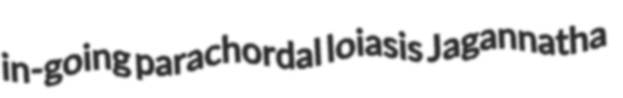
in-going parachordal loiasis Jagannatha